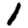
Digit: 1